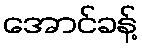
အောင်ခန့်